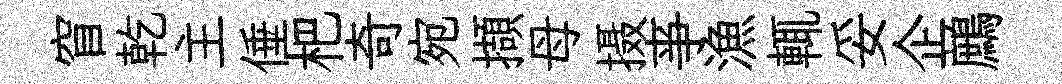
窅乾主倕杷奇宛擷母摄亊漁輒妥企鷓